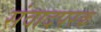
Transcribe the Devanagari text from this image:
संवादपरक